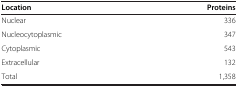
<table><thead><tr><td><b>Location</b></td><td><b>Proteins</b></td></tr></thead><tbody><tr><td>Nuclear</td><td>336</td></tr><tr><td>Nucleocytoplasmic</td><td>347</td></tr><tr><td>Cytoplasmic</td><td>543</td></tr><tr><td>Extracellular</td><td>132</td></tr><tr><td>Total</td><td>1,358</td></tr></tbody></table>